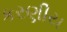
કરણીય